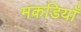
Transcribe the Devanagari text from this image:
मकडियाँ